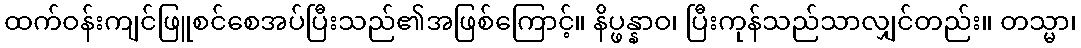
ထက်ဝန်းကျင်ဖြူစင်စေအပ်ပြီးသည်၏အဖြစ်ကြောင့်။ နိပ္ဖန္နာဝ၊ ပြီးကုန်သည်သာလျှင်တည်း။ တသ္မာ၊